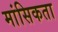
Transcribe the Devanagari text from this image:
मांसिकता